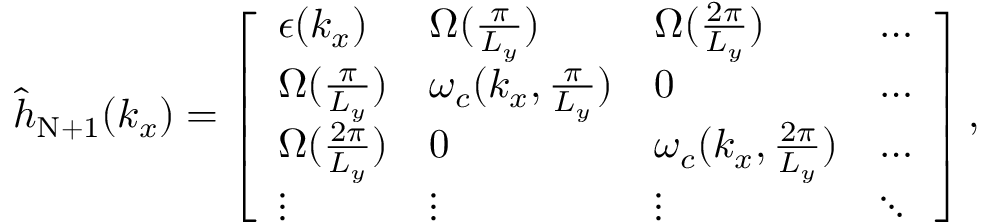
\begin{array} { r } { { \hat { h } } _ { \mathrm { N + 1 } } ( { k _ { x } } ) = \left[ \begin{array} { l l l l } { \epsilon ( k _ { x } ) } & { { \Omega } ( \frac { \pi } { L _ { y } } ) } & { { \Omega } ( \frac { 2 \pi } { L _ { y } } ) } & { \hdots } \\ { { \Omega } ( \frac { \pi } { L _ { y } } ) } & { \omega _ { c } ( { k _ { x } , \frac { \pi } { L _ { y } } } ) } & { 0 } & { \hdots } \\ { { \Omega } ( \frac { 2 \pi } { L _ { y } } ) } & { 0 } & { \omega _ { c } ( { k _ { x } , \frac { 2 \pi } { L _ { y } } } ) } & { \hdots } \\ { \vdots } & { \vdots } & { \vdots } & { \ddots } \end{array} \right] , } \end{array}